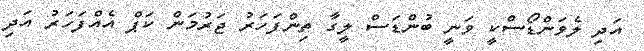
އަދި ލެވަންޑޯސްކީ ވަނީ ބުންޑަސް ލީގާ ތިންފަހަރު ޖަރުމަން ކަޕް އެއްފަހަރު އަދި